Medical and sanitary report of the native army of Bengal for the year
Year: 1875
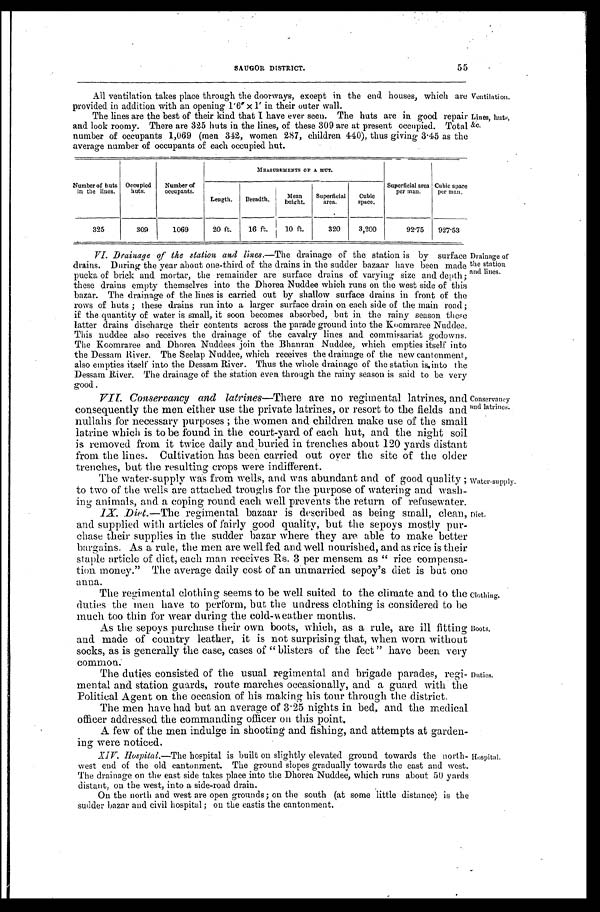
Ventilation.
Lines, huts,
&c.
55
SAUGOR DISTRICT.
All ventilation takes place through the doorways, except in the end houses, which are
provided in addition with an opening 1'6"×1' in their outer wall.
The lines are the best of their kind that I have ever seen. The huts are in good repair
and look roomy. There are 325 huts in the lines, of these 309 are at present occupied. Total
number of occupants 1,069 (men 342, women 287, children 440), thus giving 3.45 as the
average number of occupants of each occupied hut.
Number of huts
in the lines.
occupied
huts.
Number of
occupants.
MEASUREMENTS OF A HUT.
Superficial area
per man.
Cubic space
per man.
Length.
Breadth.
Mean
height.
Superficial
area.
Cubic
space.
325
309
1069
20 ft.
16 ft.
10 ft.
320
3,200
92.75
927.53
VI. Drainage of the station and lines .—The drainage of the station is by surface
drains. During the year about one-third of the drains in the sudder bazaar have been made
pucka of brick and mortar, the remainder are surface drains of varying size and depth;
these drains empty themselves into the Dhorea Nuddee which runs on the west side of this
bazar. The drainage of the lines is carried out by shallow surface drains in front of the
rows of huts; these drains run into a larger surface drain on each side of the main road;
if the quantity of water is small, it soon becomes absorbed, but in the rainy season these
latter drains discharge their contents across the parade ground into the Koomraree Nuddee.
This nuddee also receives the drainage of the cavalry lines and commissariat godowns.
The Koomraree and Dhorea Nuddees join the Bhanran Nuddee, which empties itself into
the Dessam River. The Seelap Nuddee, which receives the drainage of the new cantonment,
also empties itself into the Dessam River. Thus the whole drainage of the station is into the
Dessam River. The drainage of the station even through the rainy season is said to be very
good .
VII. Conservancy and latrines— There are no regimental latrines, and
consequently the men either use the private latrines, or resort to the fields and
nullahs for necessary purposes; the women and children make use of the small
latrine which is to be found in the court-yard of each hut, and the night soil
is removed from it twice daily and buried in trenches about 120 yards distant
from the lines. Cultivation has been carried out over the site of the older
trenches, but the resulting crops were indifferent.
Drainage of
the station
and lines.
Conservancy
and latrines.
The water-supply was from wells, and was abundant and of good quality;
to two of the wells are attached troughs for the purpose of watering and wash
-
ing animals, and a coping round each well prevents the return of refusewater.
IX. Diet .—The regimental bazaar is described as being small, clean,
and supplied with articles of fairly good quality, but the sepoys mostly pur
-
chase their supplies in the sudder bazar where they are able to make better
bargains. As a rule, the men are well fed and well nourished, and as rice is their
staple article of diet, each man receives Rs. 3 per mensem as "rice compensa
-
tion money." The average daily cost of an unmarried sepoy's diet is but one
anna.
The regimental clothing seems to be well suited to the climate and to the
duties the men have to perform, but the undress clothing is considered to be
much too thin for wear during the cold-weather eather months.
As the sepoys purchase their own boots, which, as a rule, are ill fitting
and made of country leather, it is not surprising that, when worn without
socks, as is generally the case, cases of "blisters of the fect" have been very
c o m m o n .
Water supply.
Diet.
Clothing.
Boots.
The duties consisted of the usual regimental and brigade parades, regi
-
mental and station guards, route marches occasionally, and a guard with the
Political Agent on the occasion of his making his tour through the district.
The men have had but an average of 3.25 nights in bed, and the medical
officer addressed the commanding officer on this point.
A few of the men indulge in shooting and fishing, and attempts at garden
-
ing were noticed.
XIV. Hospital.—The hospital is built on slightly elevated ground towards the north
-
west end of the old cantonment. The ground slopes gradually towards the east and west.
The drainage on the east side takes place into the Dhorea Nuddee, which runs about 50 yards
distant, on the west, into a side-road drain.
On the north and west are open grounds; on the south (at some little distance) is the
sudder bazar and civil hospital; on the eastis the cantonment.
Duties.
Hospital.